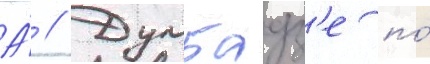
А́ // Думбадз'е по́